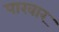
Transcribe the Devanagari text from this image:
पारवार